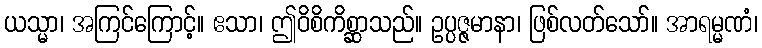
ယသ္မာ၊ အကြင်ကြောင့်။ ဧသာ၊ ဤဝိစိကိစ္ဆာသည်။ ဥပ္ပဇ္ဇမာနာ၊ ဖြစ်လတ်သော်။ အာရမ္မဏံ၊